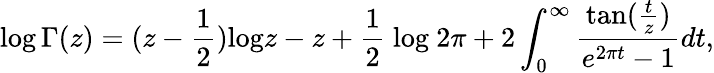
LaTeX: \log\Gamma(z)=(z-{\frac{1}{2}})\mathrm{log}z-z+{\frac{1}{2}}\mathrm{~log\ }2\pi+2\int_{0}^{\infty}{\frac{\mathrm{tan}({\frac{t}{z}})}{e^{2\pi t}-1}}dt,